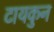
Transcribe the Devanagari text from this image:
टायकुन